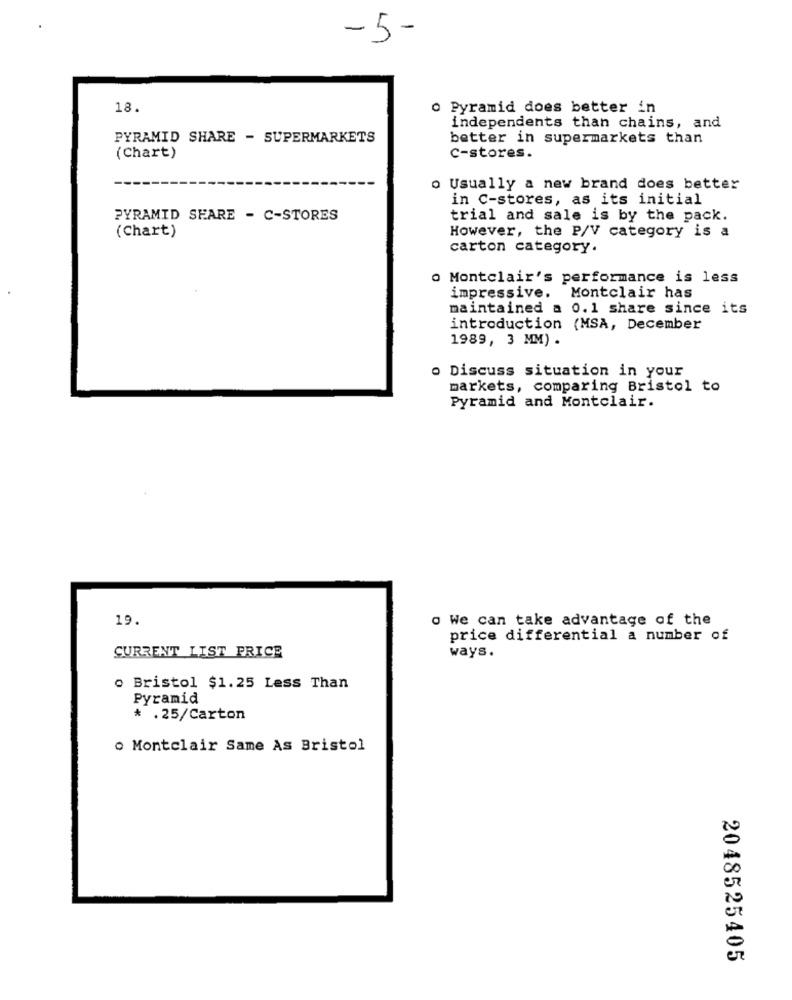
-5-
18.
o Pyramid does better in
independents than chains, and
PYRAMID SHARE - SUPERMARKETS
better in supermarkets than
(Chart)
c-stores.
o Usually a new brand does better
in C-stores, as its initial
PYRAMID SHARE - C-STORES
trial and sale is by the pack.
(Chart)
However, the P/V category is a
carton category.
o Montclair's performance is less
impressive. Montclair has
maintained a 0.1 share since its
introduction (MSA, December
1989, 3 MM) .
o Discuss situation in your
markets, comparing Bristol to
Pyramid and Montclair.
19.
o We can take advantage of the
price differential a number of
CURRENT LIST PRICE
ways.
o Bristol $1.25 Less Than
Pyramid
* . 25/Carton
o Montclair Same As Bristol
20
er
2048525405